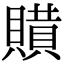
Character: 𧷻